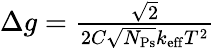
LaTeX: \begin{array}{r}{\Delta g=\frac{\sqrt{2}}{2C\sqrt{N_{\mathrm{Ps}}}k_{\mathrm{eff}}T^{2}}}\end{array}